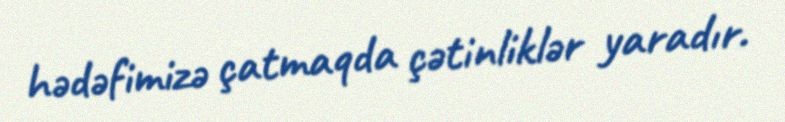
hədəfimizə çatmaqda çətinliklər yaradır.